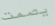
يصمت